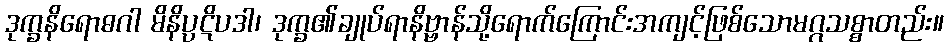
ဒုက္ခနိရောဓဂါ မိနိပ္ပဋိပဒါ၊ ဒုက္ခ၏ချုပ်ရာနိဗ္ဗာန်သို့ရောက်ကြောင်းအကျင့်ဖြစ်သောမဂ္ဂသစ္စာတည်း။